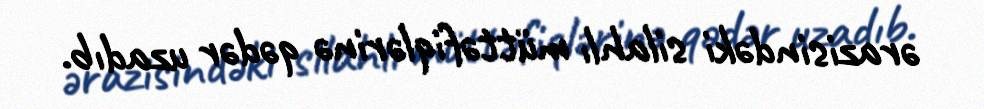
ərazisindəki silahlı müttəfiqlərinə qədər uzadıb.